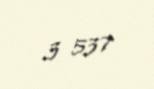
3 537